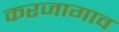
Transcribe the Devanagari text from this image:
करजागाव